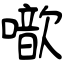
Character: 噷